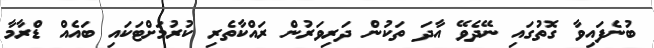
ބުނެފައިވާ ގޮތުގައި ނޭދެވޭ އާދަ ތަކުން ދަރިވަރުން ރައްކާތެރި ކުރުމަށްޓަކައި ބައެއް ޑްރާމާ